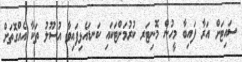
ސައިޓަށް އަރާ ފައިބާ މީހުން މޮނިޓަރ ކުރުމަށްޓަކައި ކަނޑައެޅިފައިވާ އުސޫލު ތަކާ އެއްގޮތަށް